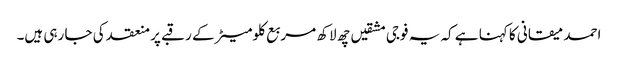
احمد میقانی کا کہنا ہے کہ یہ فوجی مشقیں چھ لاکھ مربع کلومیٹر کے رقبے پر منعقد کی جا رہی ہیں۔